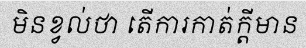
មិនខ្វល់ថា តើការកាត់ក្តីមាន